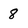
Character: 8